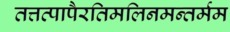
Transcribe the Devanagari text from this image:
तत्तत्पापैरतिमलिनमन्तर्मम